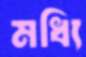
মধ্যি